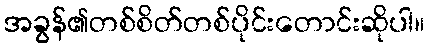
အခွန်၏တစ်စိတ်တစ်ပိုင်းတောင်းဆိုပါ။